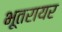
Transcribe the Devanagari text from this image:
भूतरायर